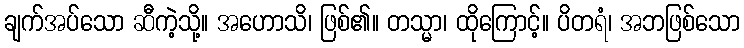
ချက်အပ်သော ဆီကဲ့သို့။ အဟောသိ၊ ဖြစ်၏။ တသ္မာ၊ ထိုကြောင့်။ ပိတရံ၊ အဘဖြစ်သော